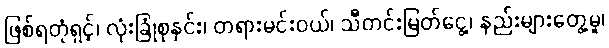
ဖြစ်ရတုံရှင့်၊ လုံးခြုံစုနှင်း၊ တရားမင်းဝယ်၊ သီတင်းမြတ်ငွေ့၊ နည်းများတွေ့မူ၊